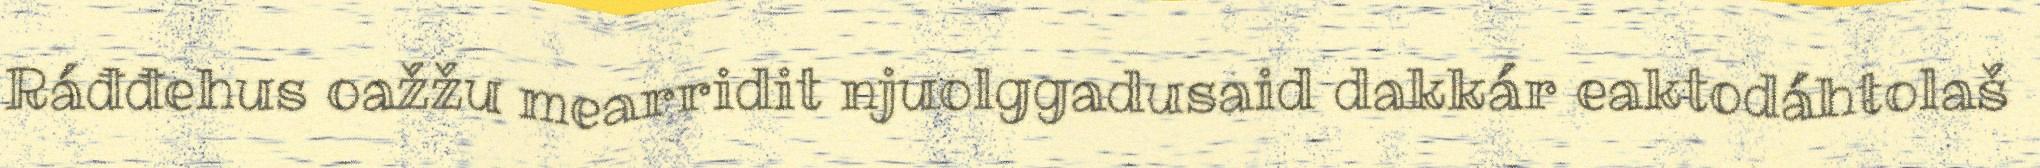
Ráđđehus oažžu mearridit njuolggadusaid dakkár eaktodáhtolaš